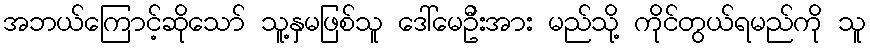
အဘယ်ကြောင့်ဆိုသော် သူ့နှမဖြစ်သူ ဒေါ်မေဦးအား မည်သို့ ကိုင်တွယ်ရမည်ကို သူ